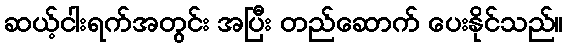
ဆယ့်ငါးရက်အတွင်း အပြီး တည်ဆောက် ပေးနိုင်သည်။